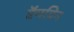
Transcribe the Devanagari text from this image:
ऍमविन